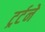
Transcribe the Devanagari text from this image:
ट्रर्टने